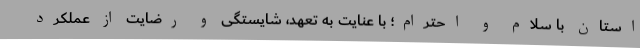
استان با سلام و احترام؛ با عنایت به تعهد، شایستگی و رضایت از عملکرد